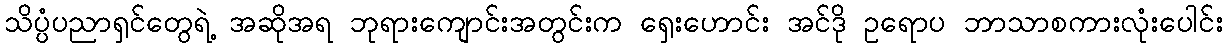
သိပ္ပံပညာရှင်တွေရဲ့ အဆိုအရ ဘုရားကျောင်းအတွင်းက ရှေးဟောင်း အင်ဒို ဥရောပ ဘာသာစကားလုံးပေါင်း